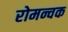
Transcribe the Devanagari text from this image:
रोमन्चक